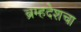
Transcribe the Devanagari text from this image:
ब्रम्हदेशचा